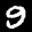
Label: 9